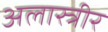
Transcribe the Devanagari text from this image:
अलास्त्रीर